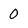
Character: 0